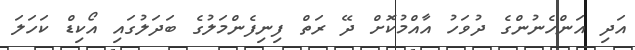
އަދި އަންހެނުންގެ ދުވަހު އާއްމުކޮށް ދޭ ރަތް ފިނިފެންމަލުގެ ބަދަލުގައި އޯކިޑް ކަހަލަ